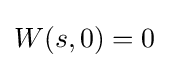
W(s,0)=0